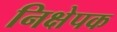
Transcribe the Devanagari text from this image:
निक्षेपक